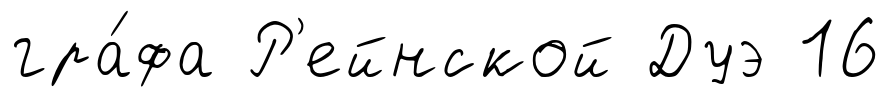
гра́фа Р'ейнской Дуэ 16